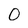
Character: 0